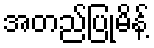
အတည်ပြုမိန့်